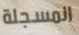
المسجلة